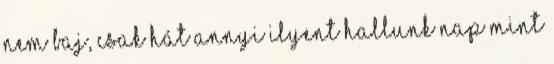
nem baj, csak hát annyi ilyent hallunk nap mint